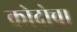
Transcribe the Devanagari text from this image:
कोदोचा